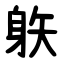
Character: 䠶